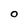
Character: O